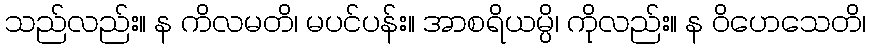
သည်လည်း။ န ကိလမတိ၊ မပင်ပန်း။ အာစရိယမ္ပိ၊ ကိုလည်း။ န ဝိဟေသေတိ၊